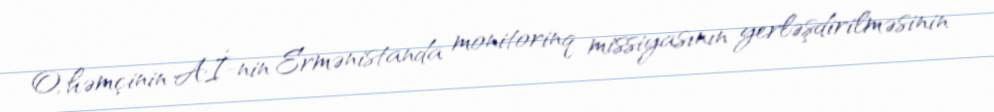
O, həmçinin Aİ-nin Ermənistanda monitorinq missiyasının yerləşdirilməsinin